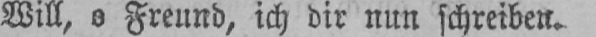
Will, o Freund, ich dir nun schreiben.